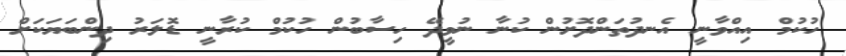
ހުކުމް އިއްވާނީ އެނދުތަންދޮށުން ކުނާ ނުވީދޭ ހިސާބުން ހުކުމް ކުރާނީ ޑޮލަރު ދިންބަޔަކަށް